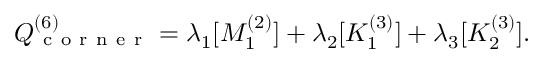
Q _ { \mathrm { ~ c ~ o ~ r ~ n ~ e ~ r ~ } } ^ { ( 6 ) } = \lambda _ { 1 } [ M _ { 1 } ^ { ( 2 ) } ] + \lambda _ { 2 } [ K _ { 1 } ^ { ( 3 ) } ] + \lambda _ { 3 } [ K _ { 2 } ^ { ( 3 ) } ] .